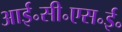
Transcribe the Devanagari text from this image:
आई॰सी॰एस॰ई॰